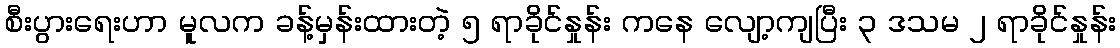
စီးပွားရေးဟာ မူလက ခန့်မှန်းထားတဲ့ ၅ ရာခိုင်နှုန်း ကနေ လျော့ကျပြီး ၃ ဒသမ ၂ ရာခိုင်နှုန်း